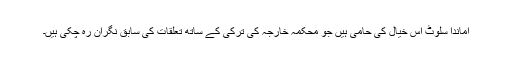
آماندا سلوٹ اس خیال کی حامی ہیں جو محکمہ خارجہ کی ترکی کے ساتھ تعلقات کی سابق نگران رہ چکی ہیں۔